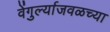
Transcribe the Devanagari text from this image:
वेंगुर्ल्याजवळच्या